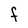
Character: F